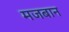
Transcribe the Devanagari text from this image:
मजबान